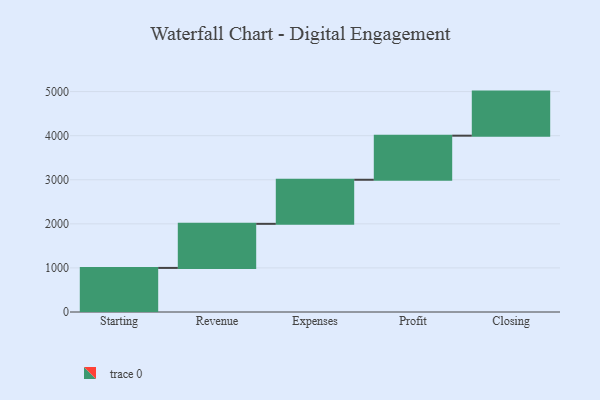
{"axis": {"x": "Step", "y": "Value"}, "legend": [""], "data": [{"x": "Starting", "y": 1000, "type": ""}, {"x": "Revenue", "y": 1000, "type": ""}, {"x": "Expenses", "y": 1000, "type": ""}, {"x": "Profit", "y": 1000, "type": ""}, {"x": "Closing", "y": 1000, "type": ""}]}